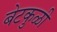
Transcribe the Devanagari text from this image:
बेटकुळी